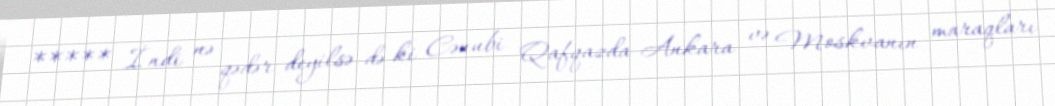
***** İndi nə qədər deyilsə də ki Cənubi Qafqazda Ankara və Moskvanın maraqları